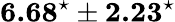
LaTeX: \textbf{6.68}^{\star}\pm\textbf{2.23}^{\star}